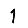
Digit: 1